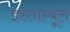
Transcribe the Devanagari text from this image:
इस्ताम्बूल